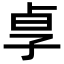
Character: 𡥣